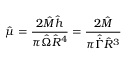
\hat { \mu } = \frac { 2 \hat { M } \hat { h } } { \pi \hat { \Omega } \hat { R } ^ { 4 } } = \frac { 2 \hat { M } } { \pi \hat { \dot { \Gamma } } \hat { R } ^ { 3 } }